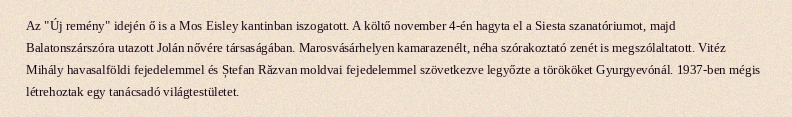
Az "Új remény" idején ő is a Mos Eisley kantinban iszogatott. A költő november 4-én hagyta el a Siesta szanatóriumot, majd Balatonszárszóra utazott Jolán nővére társaságában. Marosvásárhelyen kamarazenélt, néha szórakoztató zenét is megszólaltatott. Vitéz Mihály havasalföldi fejedelemmel és Ștefan Răzvan moldvai fejedelemmel szövetkezve legyőzte a törököket Gyurgyevónál. 1937-ben mégis létrehoztak egy tanácsadó világtestületet.